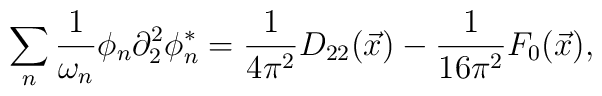
\sum_{n}\frac{1}{\omega _{n}}\phi _{n}\partial _{2}^{2}\phi _{n}^{*}=\frac{1}{4\pi ^{2}}D_{22}(\vec{x})-\frac{1}{16\pi ^{2}}F_{0}(\vec{x}),